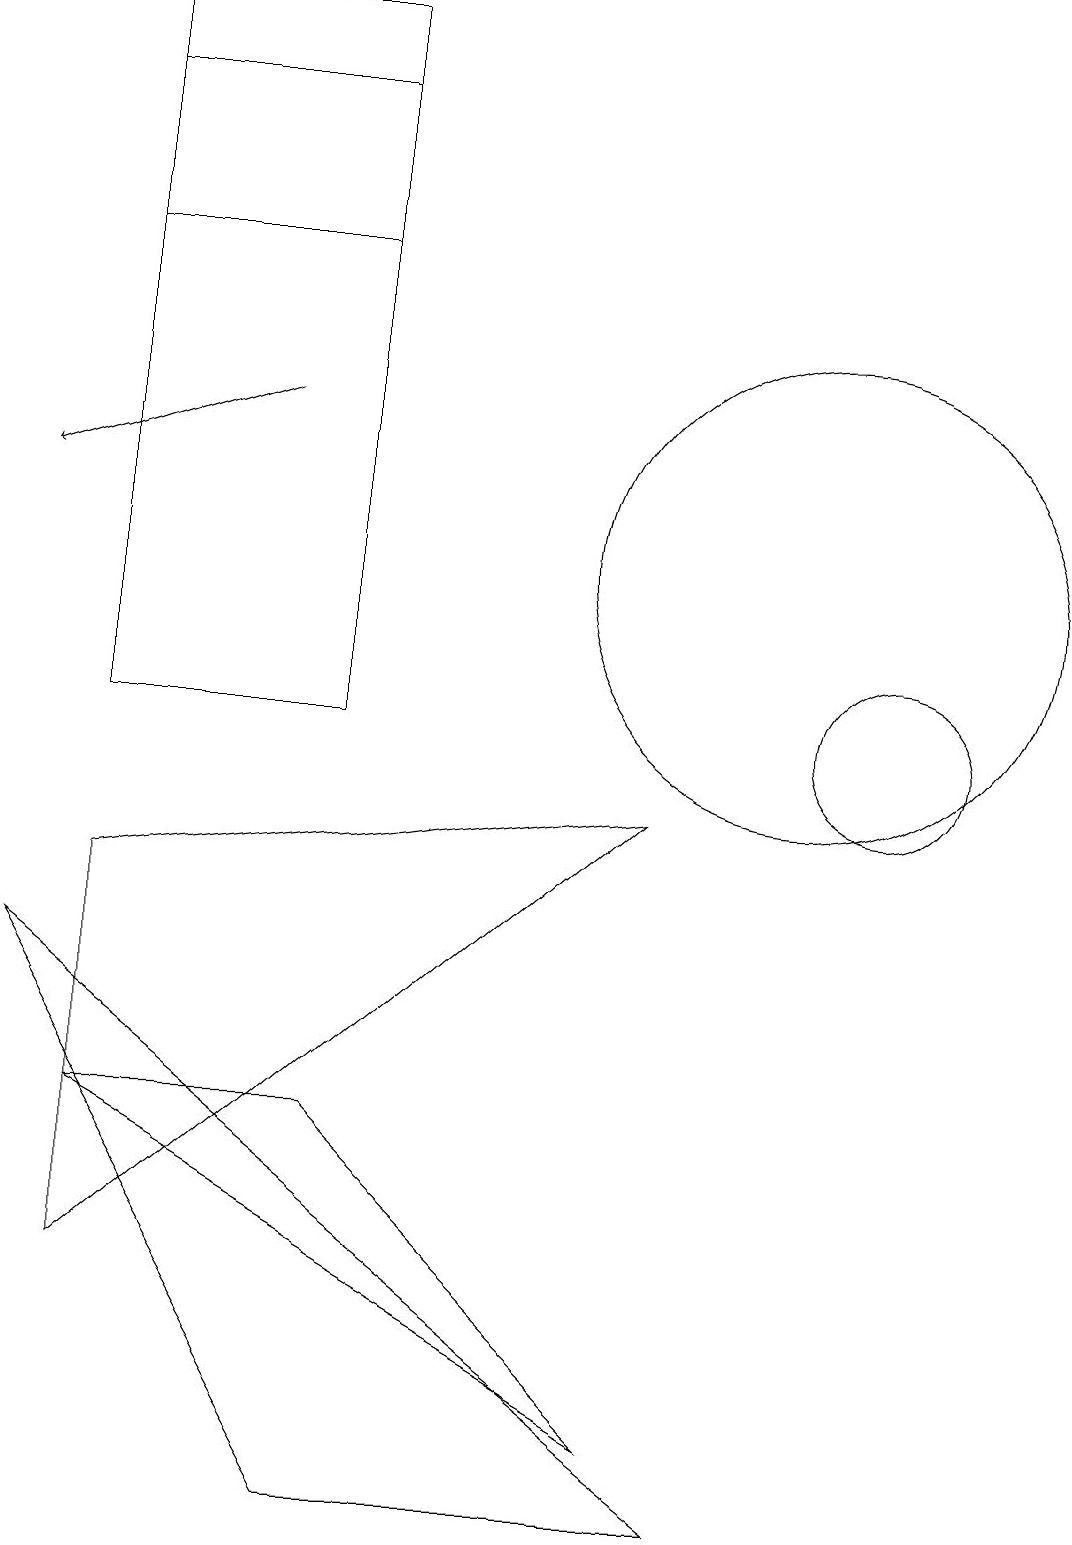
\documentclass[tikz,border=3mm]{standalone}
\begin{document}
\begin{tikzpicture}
\draw (11,10) circle (1);
\draw (10,12) circle (3);
\draw[->] (3,14) -- (0,13);
\draw (1,18) rectangle (4,10);
\draw (4,16) rectangle (1,19);
\draw (9,0) -- (4,0) -- (0,7) -- cycle;
\draw (1,5) -- (8,1) -- (4,5) -- cycle;
\draw (1,3) -- (1,8) -- (8,9) -- cycle;
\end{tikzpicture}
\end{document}